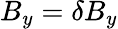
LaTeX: {B_{y}=\delta B_{y}}